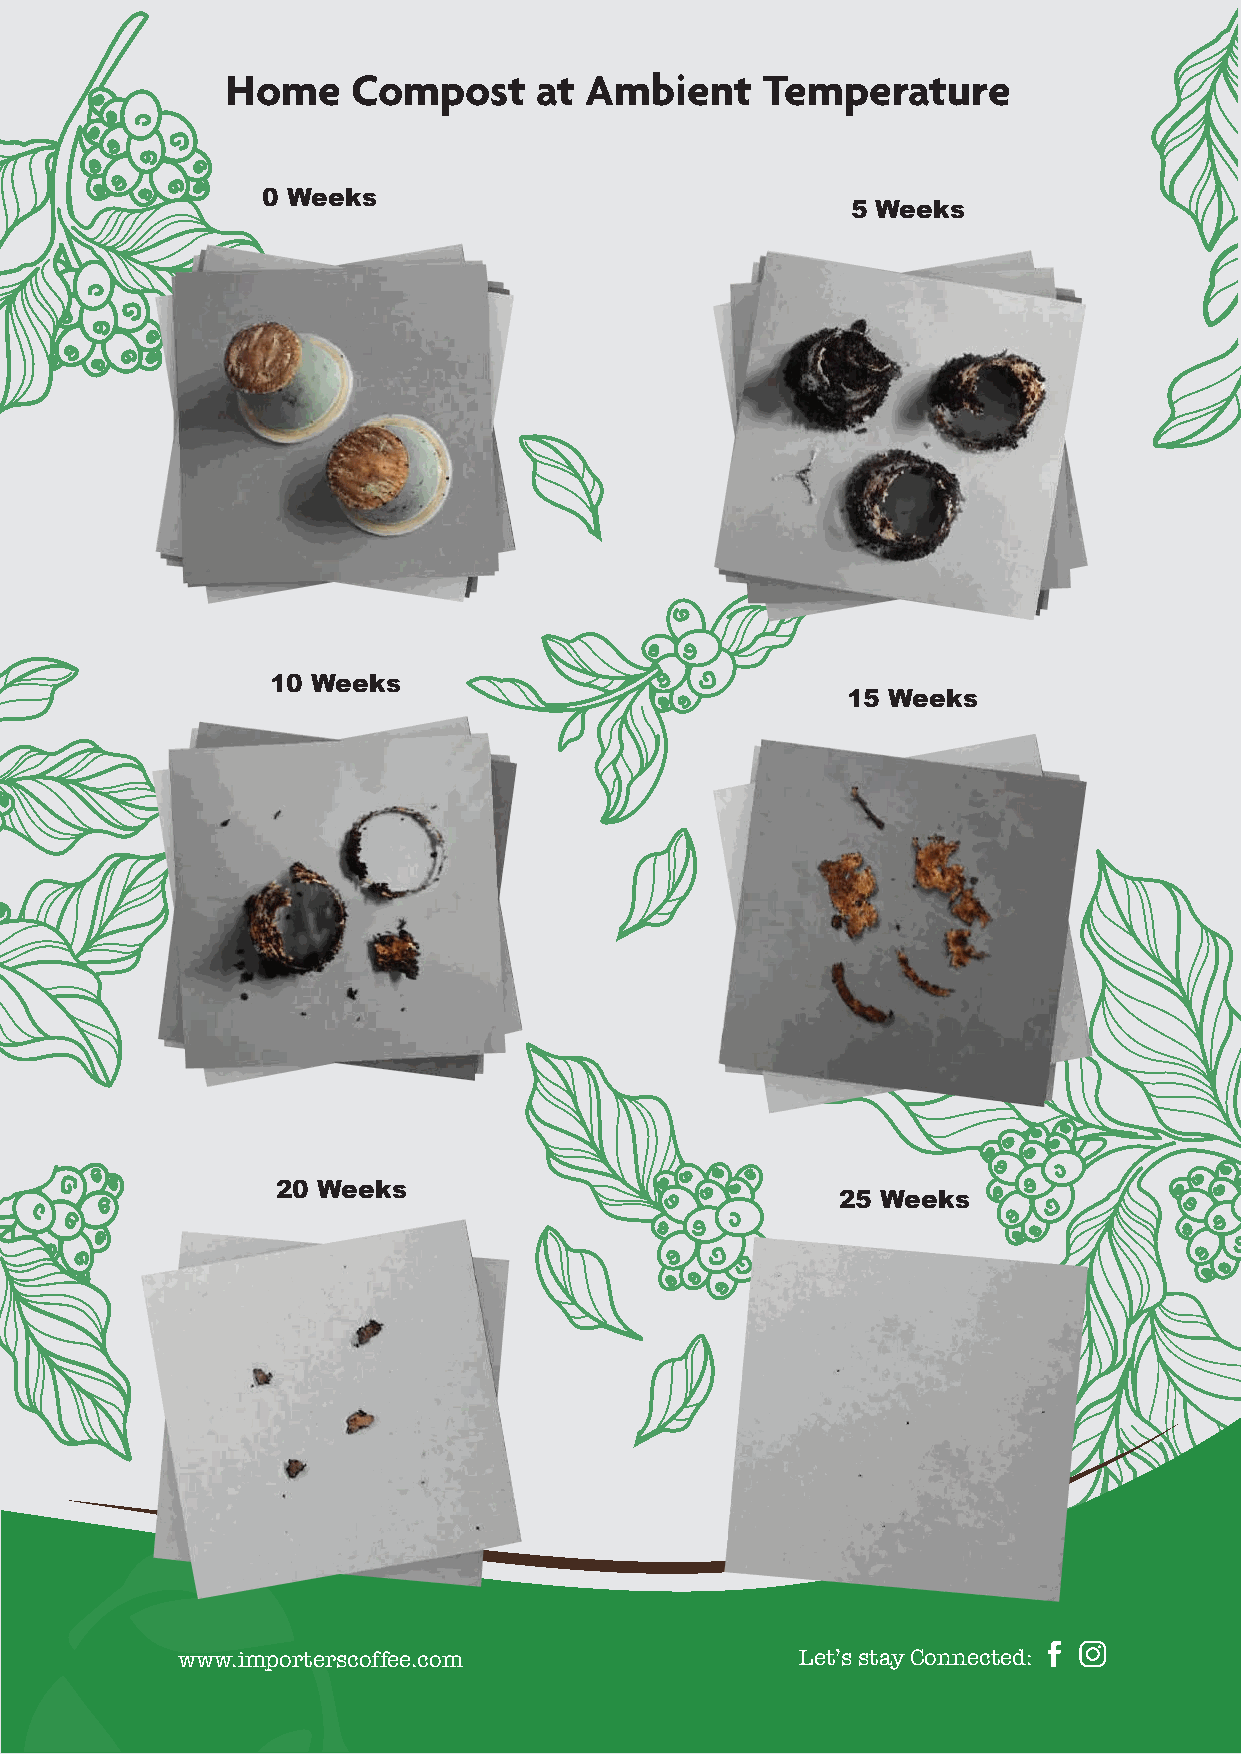
Home    Compost     at  Ambient    Temperature
 0 Weeks
 5 Weeks
 10 Weeks
 15 Weeks
 20 Weeks
 25 Weeks
 www.importerscoffee.com                  Let’s stay Connected: